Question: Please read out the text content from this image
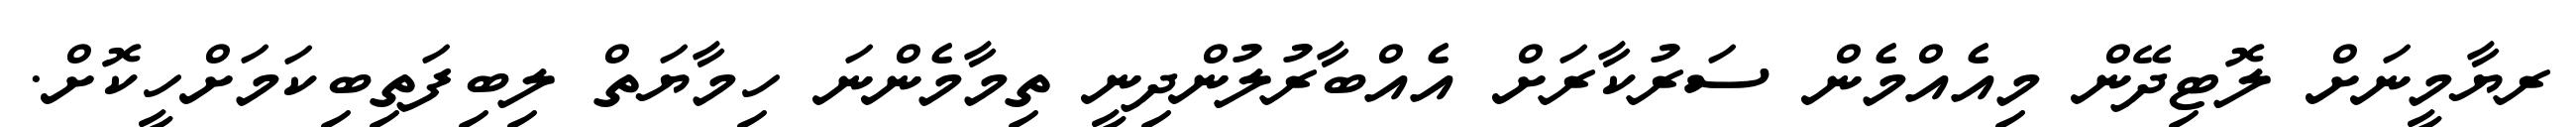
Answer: ރޔާމީނަށް ލޮޓިދޭން މިއެއްމެން ސަރުކާރަށް އެއްބާރުލުންދިނީ ތިމާމެންނަ ހިމާޔަތް ލިބިފަތިބިކަމަށްހީކޮށް.